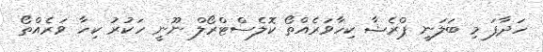
ހަދާފަ މި ބަލަނީ ޕްރެޝާ ކިހާވަރެއްތޯ ކޮލެސްޓްރޯލް ނޫނީ ހަކުރު ކިހާ ވަރެއްތޯ